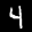
Label: 4